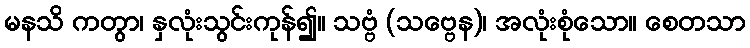
မနသိ ကတွာ၊ နှလုံးသွင်းကုန်၍။ သဗ္ဗံ (သဗ္ဗေန)၊ အလုံးစုံသော။ စေတသာ